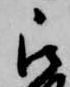
被